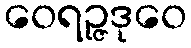
ဝေရဉ္ဇဒုဝေ